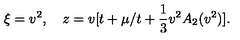
\xi = v ^ { 2 } , \quad z = v [ t + \mu / t + \frac { 1 } { 3 } v ^ { 2 } A _ { 2 } ( v ^ { 2 } ) ] .